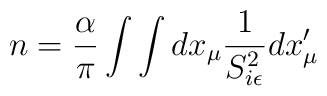
n = {\alpha\over \pi } \int \int dx_{\mu}{1\over S^2_{i\epsilon}}dx'_{\mu}